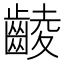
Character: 𪘵